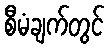
စီမံချက်တွင်